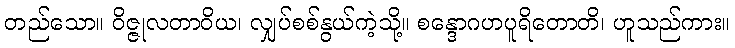
တည်သော။ ဝိဇ္ဇုလတာဝိယ၊ လျှပ်စစ်နွယ်ကဲ့သို့။ စန္ဒောဂဟပူရိတောတိ၊ ဟူသည်ကား။